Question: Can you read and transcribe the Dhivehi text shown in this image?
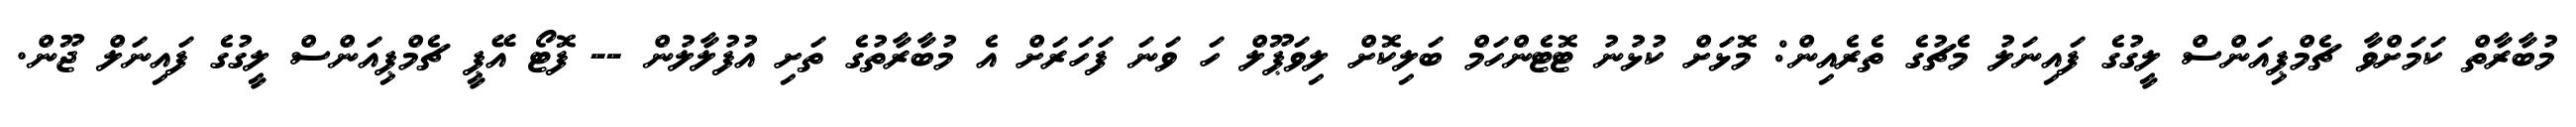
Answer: މުބާރާތް ކަމަށްވާ ޗެމްޕިއަންސް ލީގުގެ ފައިނަލު މެޗުގެ ތެރެއިން: މޮޅަށް ކުޅުނު ޓޮޓެންހަމް ބަލިކޮށް ލިވަޕޫލް ހަ ވަނަ ފަހަރަށް އެ މުބާރާތުގެ ތަށި އުފުލާލުން -- ފޮޓޯ އޭޕީ ޗެމްޕިއަންސް ލީގުގެ ފައިނަލް ޖޫން.